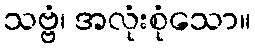
သဗ္ဗံ၊ အလုံးစုံသော။